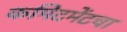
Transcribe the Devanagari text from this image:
कमिटमेंटचा